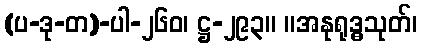
(ပ-ဒု-တ)-ပါ-၂၆၀၊ ဋ္ဌ-၂၉၃။ ။အနုရုဒ္ဓသုတ်၊